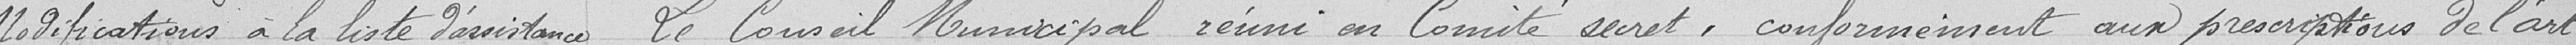
Modifications à la liste d'assistance Le Conseil Municipal réuni en Comité secret, conformément aux prescriptions de l'article